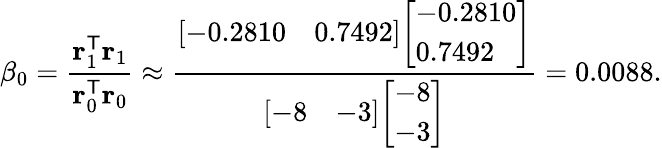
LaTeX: \beta_{0}={\frac{\mathbf{r}_{1}^{\mathsf{T}}\mathbf{r}_{1}}{\mathbf{r}_{0}^{\mathsf{T}}\mathbf{r}_{0}}}\approx{\frac{{\left[\begin{array}{ll}{-0.2810}&{0.7492}\end{array}\right]}{\left[\begin{array}{l}{-0.2810}\\ {0.7492}\end{array}\right]}}{{\left[\begin{array}{ll}{-8}&{-3}\end{array}\right]}{\left[\begin{array}{l}{-8}\\ {-3}\end{array}\right]}}}=0.0088.